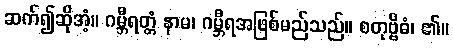
ဆက်၍ဆိုအံ့။ ဂမ္ဘီရတ္တံ နာမ၊ ဂမ္ဘီရအဖြစ်မည်သည်။ စတုဗ္ဗိဓံ၊ ၏။